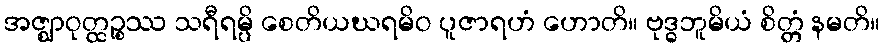
အဇ္ဈာဝုတ္ထဉ္စဿ သရီရမ္ပိ စေတိယဃရမိဝ ပူဇာရဟံ ဟောတိ။ ဗုဒ္ဓဘူမိယံ စိတ္တံ နမတိ။